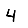
Digit: 4